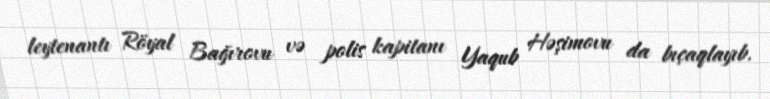
leytenantı Röyal Bağırovu və polis kapitanı Yaqub Həşimovu da bıçaqlayıb.